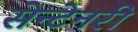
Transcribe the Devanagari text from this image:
सेन्टेनरी